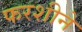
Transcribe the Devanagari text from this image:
फरशीने